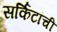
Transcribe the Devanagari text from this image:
सर्किटांची